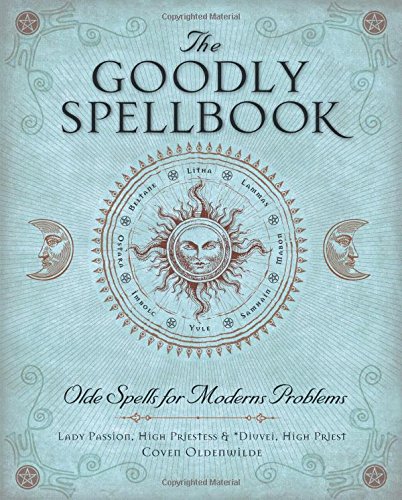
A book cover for The Goodly Spellbook: Olde Spells for Modern Problems; Dixie Deerman; Religion & Spirituality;